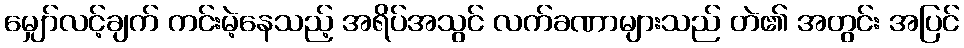
မျှော်လင့်ချက် ကင်းမဲ့နေသည့် အရိပ်အသွင် လက်ခဏာများသည် တဲ၏ အတွင်း အပြင်